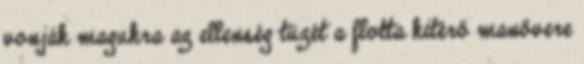
vonják magukra az ellenség tüzét a flotta kitérő manővere